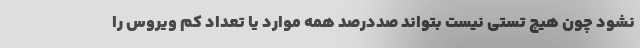
نشود چون هیچ تستی نیست بتواند صددرصد همه موارد یا تعداد کم ویروس را